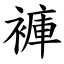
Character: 褲